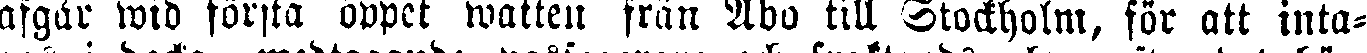
afgår wid första öppet watten från Åbo till Stockholm, för att inta-